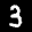
Label: 3